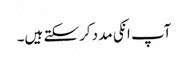
آپ انکی مدد کرسکتے ہیں۔